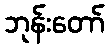
ဘုန်းတော်